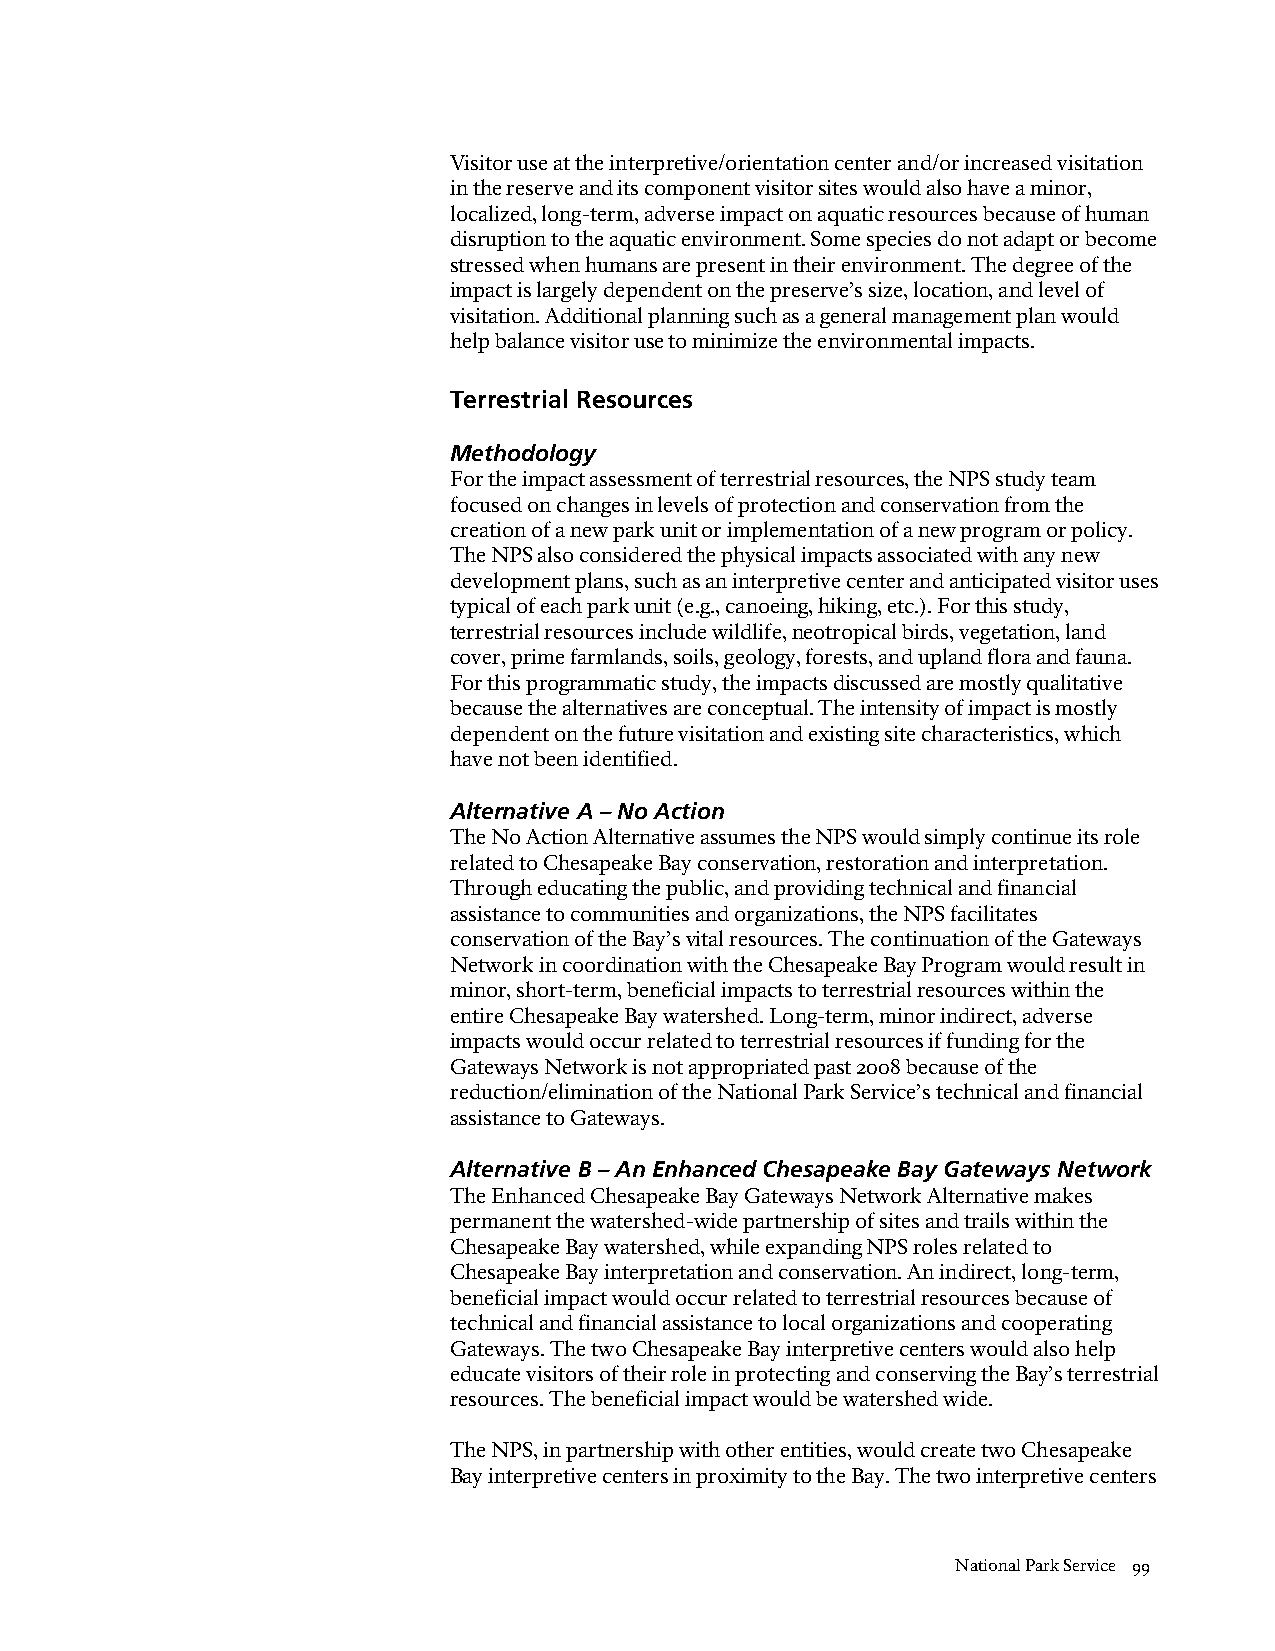
Visitor use at the interpretive/orientation center and/or increased visitation
 in the reserve and its component visitor sites would also have a minor,
 localized, long-term, adverse impact on aquatic resources because of human
 disruption to the aquatic environment. Some species do not adapt or become
 stressed when humans are present in their environment. The degree of the
 impact is largely dependent on the preserve’s size, location, and level of
 visitation. Additional planning such as a general management plan would
 help balance visitor use to minimize the environmental impacts.
 Terrestrial Resources
 Methodology
 For the impact assessment of terrestrial resources, the NPS study team
 focused on changes in levels of protection and conservation from the
 creation of a new park unit or implementation of a new program or policy.
 The NPS also considered the physical impacts associated with any new
 development plans, such as an interpretive center and anticipated visitor uses
 typical of each park unit (e.g., canoeing, hiking, etc.). For this study,
 terrestrial resources include wildlife, neotropical birds, vegetation, land
 cover, prime farmlands, soils, geology, forests, and upland flora and fauna.
 For this programmatic study, the impacts discussed are mostly qualitative
 because the alternatives are conceptual. The intensity of impact is mostly
 dependent on the future visitation and existing site characteristics, which
 have not been identified.
 Alternative A – No Action
 The No Action Alternative assumes the NPS would simply continue its role
 related to Chesapeake Bay conservation, restoration and interpretation.
 Through educating the public, and providing technical and financial
 assistance to communities and organizations, the NPS facilitates
 conservation of the Bay’s vital resources. The continuation of the Gateways
 Network in coordination with the Chesapeake Bay Program would result in
 minor, short-term, beneficial impacts to terrestrial resources within the
 entire Chesapeake Bay watershed. Long-term, minor indirect, adverse
 impacts would occur related to terrestrial resources if funding for the
 Gateways Network is not appropriated past 2008 because of the
 reduction/elimination of the National Park Service’s technical and financial
 assistance to Gateways.
 Alternative B – An Enhanced Chesapeake Bay Gateways Network
 The Enhanced Chesapeake Bay Gateways Network Alternative makes
 permanent the watershed-wide partnership of sites and trails within the
 Chesapeake Bay watershed, while expanding NPS roles related to
 Chesapeake Bay interpretation and conservation. An indirect, long-term,
 beneficial impact would occur related to terrestrial resources because of
 technical and financial assistance to local organizations and cooperating
 Gateways. The two Chesapeake Bay interpretive centers would also help
 educate visitors of their role in protecting and conserving the Bay’s terrestrial
 resources. The beneficial impact would be watershed wide.
 The NPS, in partnership with other entities, would create two Chesapeake
 Bay interpretive centers in proximity to the Bay. The two interpretive centers
 National Park Service 99